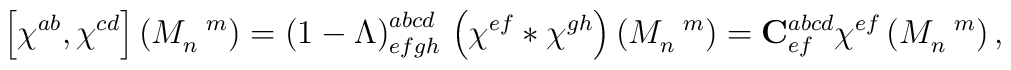
\left[ \chi ^{ab},\chi ^{cd}\right] \left( M_{n}^{\,\,\,\,\,m}\right)=\left( 1-\Lambda \right) _{efgh}^{abcd}\,\left( \chi ^{ef}\ast \chi^{gh}\right) \left( M_{n}^{\,\,\,\,\,m}\right) ={\mathbf{C}}_{ef}^{abcd}\chi^{ef}\left( M_{n}^{\,\,\,\,\,m}\right) ,